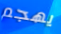
يهجم